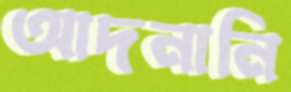
আদনানি